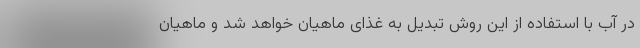
در آب با استفاده از این روش تبدیل به غذای ماهیان خواهد شد و ماهیان